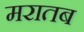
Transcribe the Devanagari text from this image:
मरातब